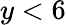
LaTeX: y<6